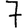
Digit: 7